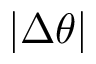
| \Delta \theta |